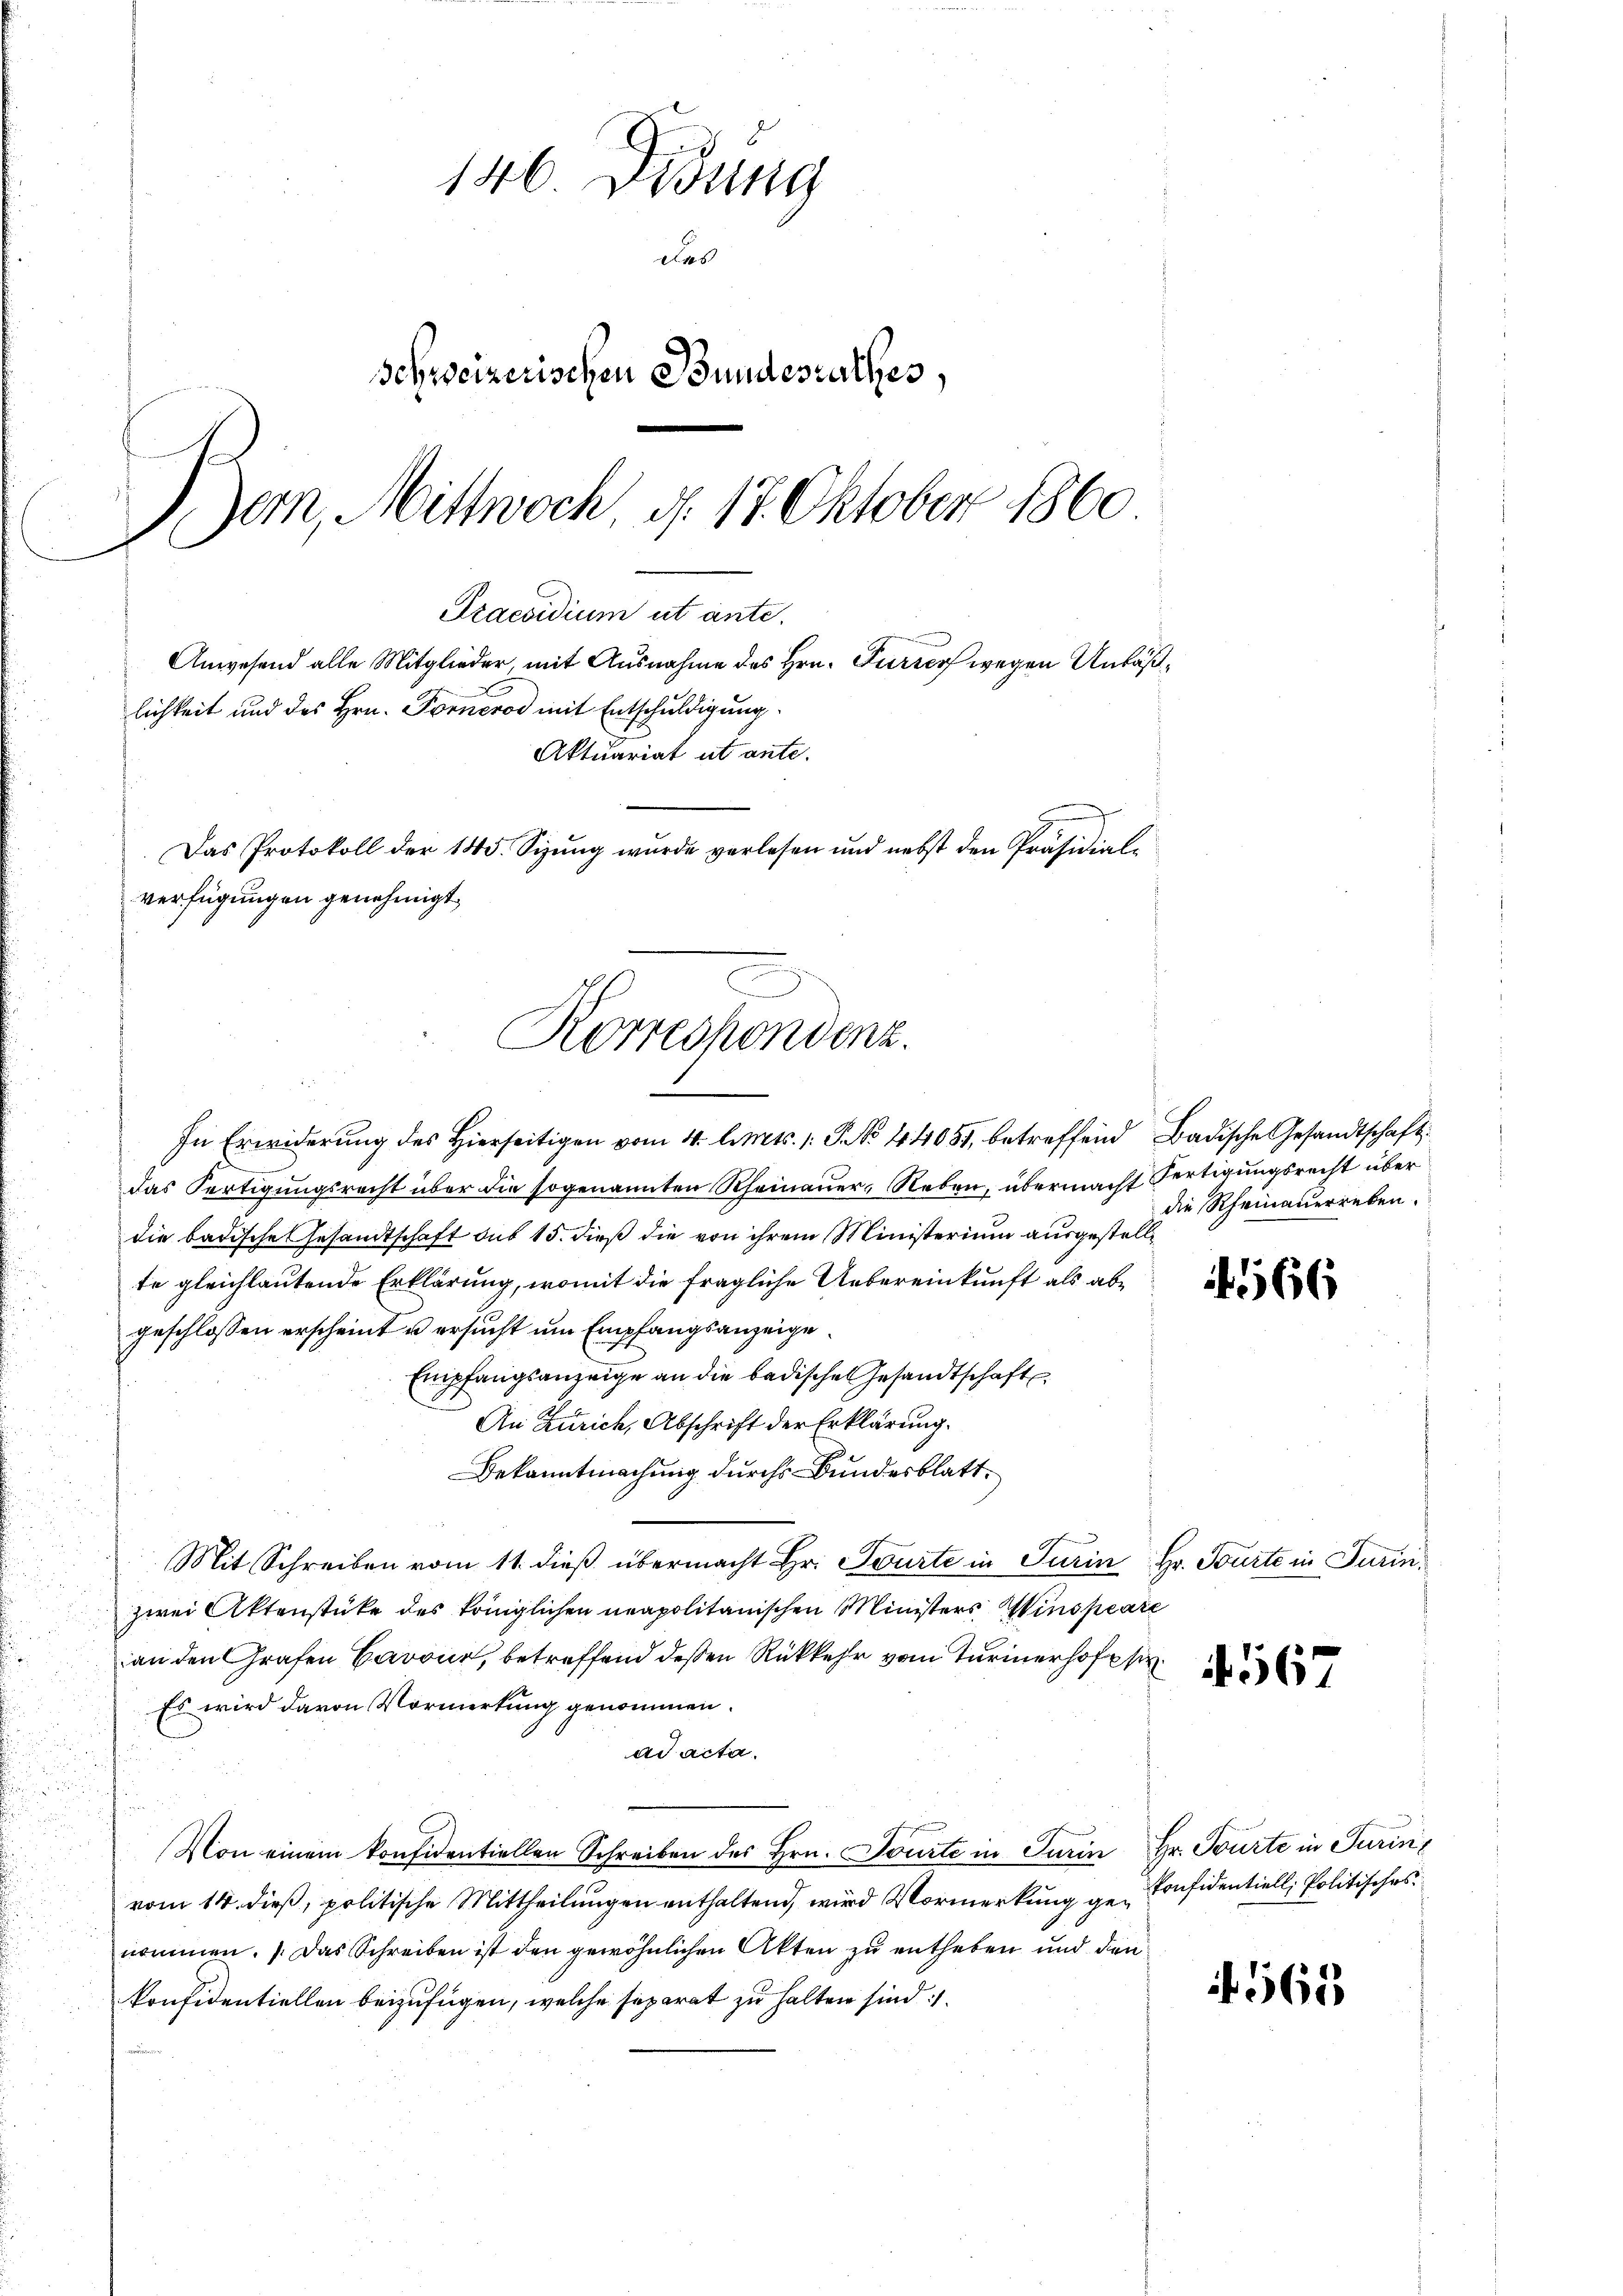
146. Didung
das
Schweizerischen Bundesrathes,
ern, Mittwoch, d. 17. Oktober 1860
C
h
Praesidium ut ante.
Anwesend alle Mitglieder mit Ausnahme des Hrn. Furrers wegen Anläßlichkeit und des Hrn. Forneros mit Entschuldigung
Aktuariat ut ante.
Das Protokoll der 145. Sizung wurde verlesen und nebst den Präsidial-

verfügungen genehmigt,
Korrespondenz.

In Erwiderung des Hierseitigen vom 4. Art. 1: P. NNo. 44051, betreffend Badische Gesandtschaft
das Fertigungsrecht über die sogenannten Rheinauer, Reben, übermacht fertigungsrecht über
die badische Gesandtschaft sub 15. dieß die von ihrem Ministerium ausgestellte gleichlautende Erklärung, womit die fragliche Uebereinkunft als abgeschlossen erscheint u ersucht um Empfangsanzeige¬
Empfangsanzeige an die badische Gesandtschaft
An Zürich, Abschrift der Erklärung.
Bekanntmachung durch Bundesblatt.
Mit Schreiben vom 11. dieß übermacht Hr. Tourte in Turin Hr. Tourte in Turinzwei Aktenstüke des königlichen neapolitanischen Ministers Winspeare
an den Grafen Cavour, betreffend deßen Rükkehr von Turinerhof
Es wird davon Vormerkung genommen.
ad acta.
Von einem konfidentiellen Schreiben des Hrn. Tourte in Turin Hr. Tourte in Turin,
vom 14. dieß, politische Mittheilungen enthaltend, wird Vormerkung ge-Considentiell, Politisches
nommen. Das Schreiben ist den gewöhnlichen Akten zu entheben und den
konfidentiellen beizufügen, welche separat zu halten sind:

die Rheinauerreben.

166

4567

565